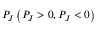
P _ { J } \left( P _ { J } > 0 , P _ { J } < 0 \right)